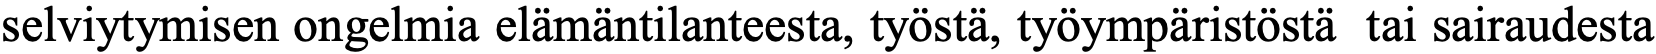
selviytymisen ongelmia elämäntilanteesta, työstä, työympäristöstä tai sairaudesta